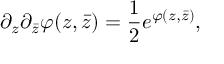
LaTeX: \partial _ { z } \partial _ { \bar { z } } \varphi ( z , \bar { z } ) = { \frac { 1 } { 2 } } e ^ { \varphi ( z , \bar { z } ) } ,